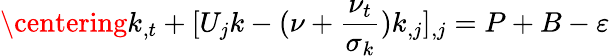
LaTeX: \centering k_{,t}+[U_{j}k-(\nu+\frac{\nu_{t}}{\sigma_{k}})k_{,j}]_{,j}=P+B-\varepsilon